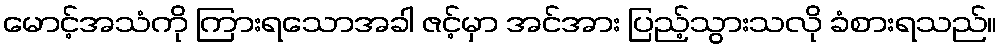
မောင့်အသံကို ကြားရသောအခါ ဇင့်မှာ အင်အား ပြည့်သွားသလို ခံစားရသည်။